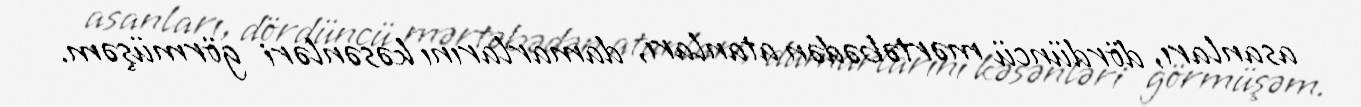
asanları, dördüncü mərtəbədən atanları, damarlarını kəsənləri görmüşəm.